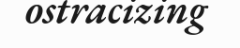
ostracizing